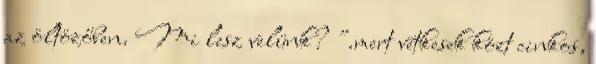
az öltözőben. Mi lesz velünk? ".mert vétkesek közt cinkos,